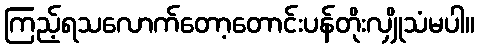
ကြည့်ရသလောက်တော့တောင်းပန်တိုးလျှိုသံမပါ။